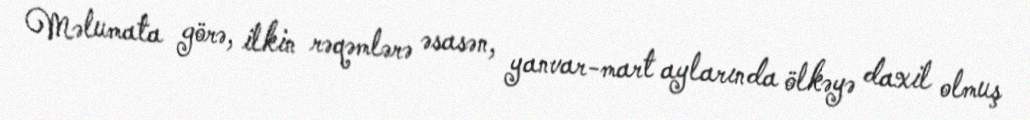
Məlumata görə, ilkin rəqəmlərə əsasən, yanvar-mart aylarında ölkəyə daxil olmuş